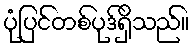
ပုံပြင်တစ်ပုဒ်ရှိသည်။